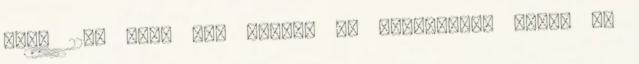
hogy 22-t kell egy évben. ez hihetetlen meló. de